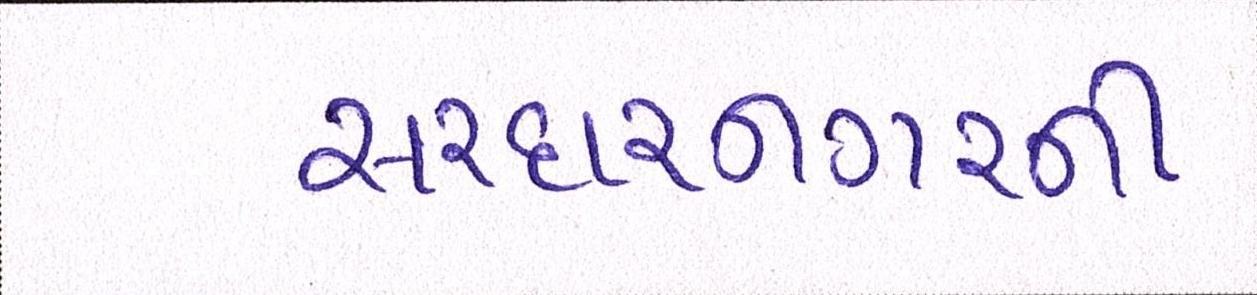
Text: સરદારનગરની